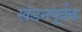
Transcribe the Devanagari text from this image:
खंडनपूर्वक